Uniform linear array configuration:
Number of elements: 64
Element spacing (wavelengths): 1
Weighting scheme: kaiser
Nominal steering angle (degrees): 0
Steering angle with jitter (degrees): -1.633
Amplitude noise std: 0.05
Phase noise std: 0.05

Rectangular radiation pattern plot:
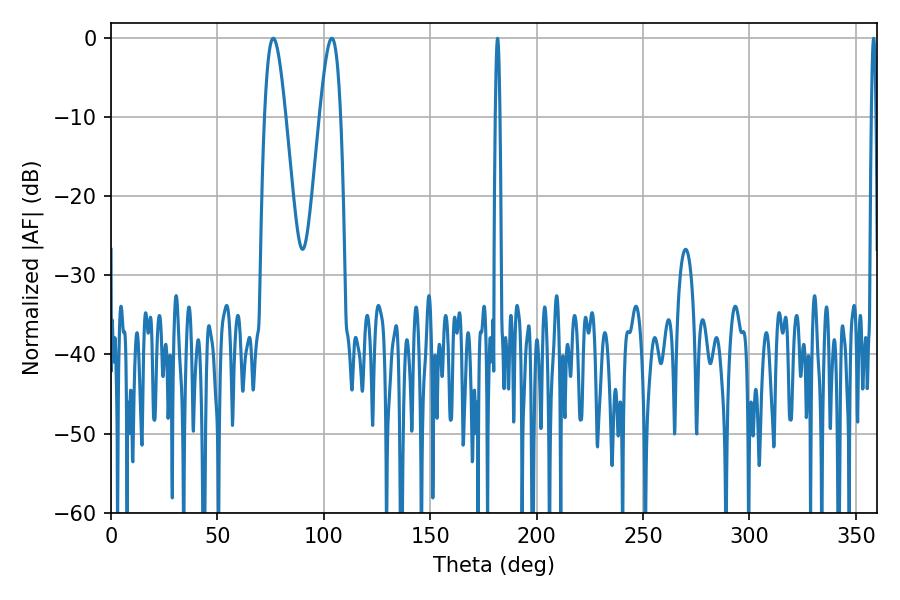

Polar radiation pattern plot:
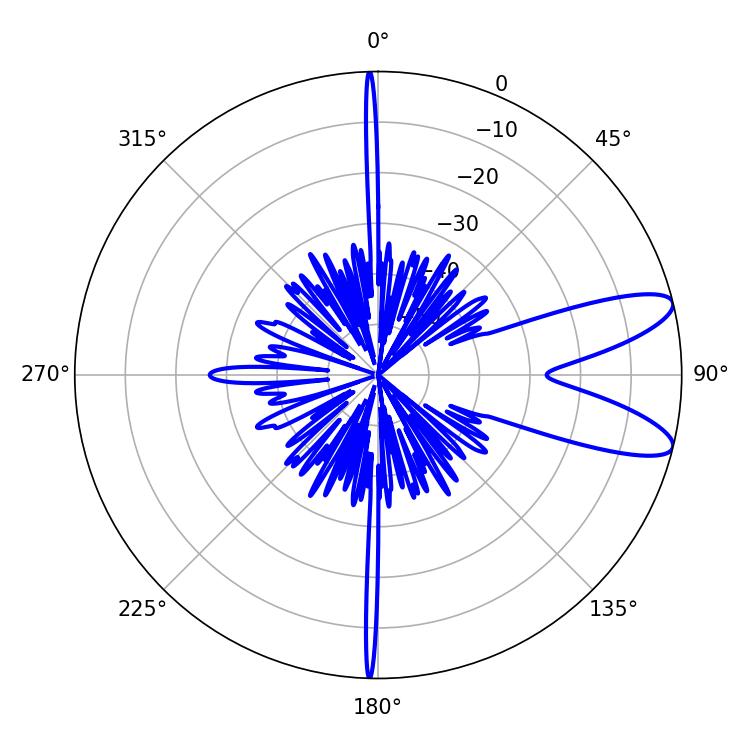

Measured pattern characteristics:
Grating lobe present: TRUE
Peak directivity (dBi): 10.034
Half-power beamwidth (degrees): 5.4
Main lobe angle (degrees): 76.32